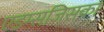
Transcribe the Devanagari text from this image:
एडम्सजिसका